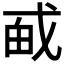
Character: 𪭎